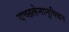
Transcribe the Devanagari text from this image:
यच्छलेनानुविद्धम्